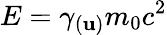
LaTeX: E=\gamma_{(\mathbf{u})}m_{0}c^{2}